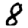
Digit: 8